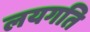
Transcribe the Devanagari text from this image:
लयगति